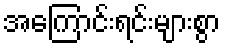
အကြောင်းရင်းများစွာ